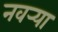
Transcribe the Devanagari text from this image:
नवर्‍या